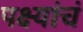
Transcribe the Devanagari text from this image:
पक्ष्यांचं